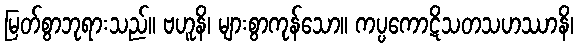
မြတ်စွာဘုရားသည်။ ဗဟူနိ၊ များစွာကုန်သော။ ကပ္ပကောဋိသတသဟဿာနိ၊